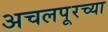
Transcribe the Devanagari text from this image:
अचलपूरच्या